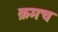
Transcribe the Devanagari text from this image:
क्रमच